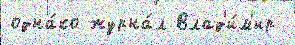
одна́ко журна́л Влад'и́м'ир